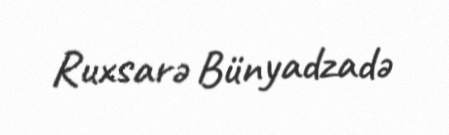
Ruxsarə Bünyadzadə